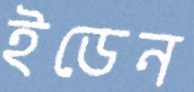
ইডেন